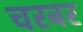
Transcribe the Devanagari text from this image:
चरबर